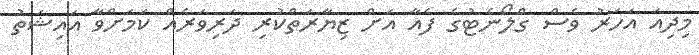
މިދިއަ އަހަރު ވެސް ގްލޯނެޓުގެ ފެއާ އަށް ޒިޔާރަތްކުރި ދަރިވަރެއް ކަމަށްވާ އައިޝަތު